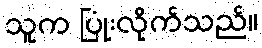
သူက ပြုံးလိုက်သည်။